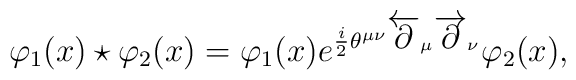
\varphi_{1}(x)\star\varphi_{2}(x)=\varphi_{1}(x)e^{\frac{i}{2}\theta^{\mu\nu}\overleftarrow{\partial}_{\mu}\overrightarrow{\partial}_{\nu}}\varphi_{2}(x),